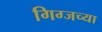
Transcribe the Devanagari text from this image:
गिग्जच्या